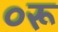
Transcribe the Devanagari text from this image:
०रू